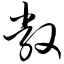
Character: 敞